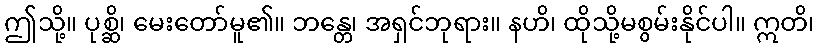
ဤသို့။ ပုစ္ဆိ၊ မေးတော်မူ၏။ ဘန္တေ၊ အရှင်ဘုရား။ နဟိ၊ ထိုသို့မစွမ်းနိုင်ပါ။ ဣတိ၊